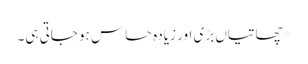
*چھاتیاں بڑی اور زیادہ حساس ہو جاتی ہی۔